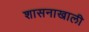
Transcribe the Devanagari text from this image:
शासनाखाली